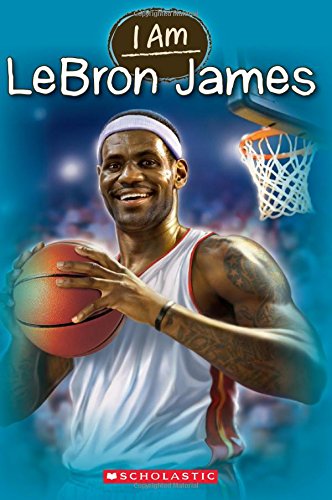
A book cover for I Am #12: Lebron James; Grace Norwich; Children's Books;